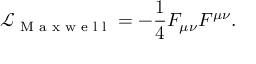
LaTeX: \mathcal { L } _ { \textrm { M a x w e l l } } = - \frac { 1 } { 4 } F _ { \mu \nu } F ^ { \mu \nu } .